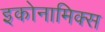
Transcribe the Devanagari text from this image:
इकोनामिक्स